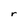
Character: r